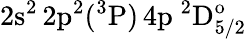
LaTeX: \mathrm{2s^{2}\, 2p^{2}(^{3}P)\, 4p~^{2}D_{5/2}^{o}}